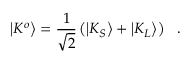
\big | K ^ { o } \big > = { \frac { 1 } { \sqrt { 2 } } } \left( \big | K _ { S } \big > + \big | K _ { L } \big > \right) ~ ~ .